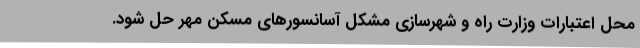
محل اعتبارات وزارت راه و شهرسازی مشکل آسانسورهای مسکن مهر حل شود.